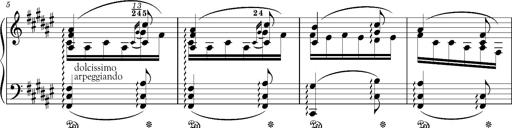
Title: Schlummerlied mit Arabesken
Composer: Franz Liszt
Key: F-sharp major